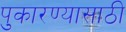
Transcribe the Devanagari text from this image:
पुकारण्यासाठी